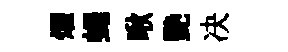
燿蠅啾艷决